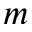
m